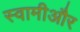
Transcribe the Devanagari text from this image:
स्वामीऔर